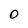
Character: O